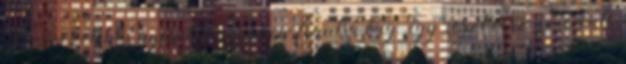
Szervezetek Egyesületének www.feantsa.org , így részt vesz az évente